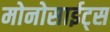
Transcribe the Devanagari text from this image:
मोनोसाईट्स